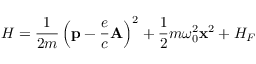
H = { \frac { 1 } { 2 m } } \left( \mathbf { p } - { \frac { e } { c } } \mathbf { A } \right) ^ { 2 } + { \frac { 1 } { 2 } } m \omega _ { 0 } ^ { 2 } \mathbf { x } ^ { 2 } + H _ { F }